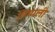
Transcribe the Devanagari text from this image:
तिप्पली